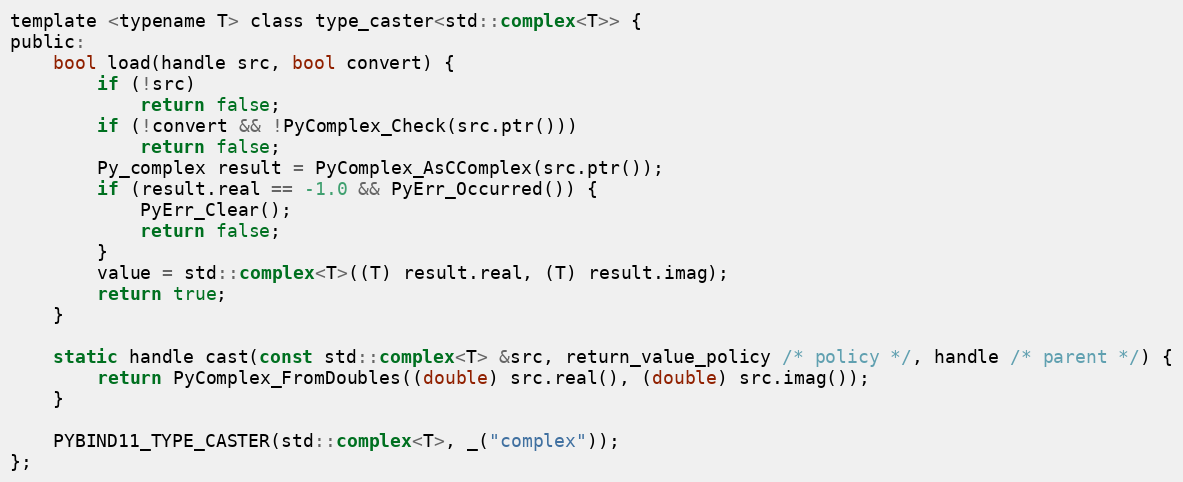
Language: C
template <typename T> class type_caster<std::complex<T>> {
public:
    bool load(handle src, bool convert) {
        if (!src)
            return false;
        if (!convert && !PyComplex_Check(src.ptr()))
            return false;
        Py_complex result = PyComplex_AsCComplex(src.ptr());
        if (result.real == -1.0 && PyErr_Occurred()) {
            PyErr_Clear();
            return false;
        }
        value = std::complex<T>((T) result.real, (T) result.imag);
        return true;
    }

    static handle cast(const std::complex<T> &src, return_value_policy /* policy */, handle /* parent */) {
        return PyComplex_FromDoubles((double) src.real(), (double) src.imag());
    }

    PYBIND11_TYPE_CASTER(std::complex<T>, _("complex"));
};